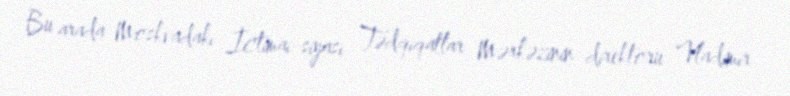
Bu arada Moskvadakı İctimai-siyasi Tədqiqatlar Mərkəzinin direktoru Vladimir